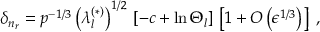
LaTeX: \delta _ { n _ { r } } = p ^ { - 1 / 3 } \left( \lambda _ { l } ^ { ( \ast ) } \right) ^ { 1 / 2 } \, \left[ - c + \ln \Theta _ { l } \right] \, \left[ 1 + O \left( \epsilon ^ { 1 / 3 } \right) \right] \; ,